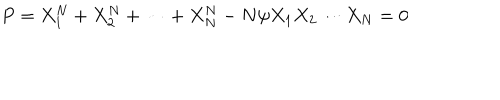
P = X _ { 1 } ^ { N } + X _ { 2 } ^ { N } + \cdots + X _ { N } ^ { N } - N \psi X _ { 1 } X _ { 2 } \cdots X _ { N } = 0